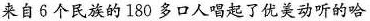
来自6个民族的180多口人唱起了优美动听的哈